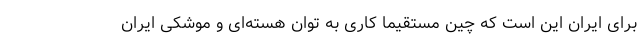
برای ایران این است که چین مستقیما کاری به توان هسته‌ای و موشکی ایران